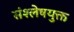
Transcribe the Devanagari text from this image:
संश्लेषयुक्त